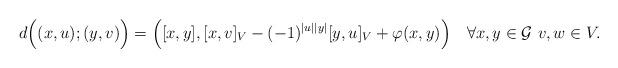
LaTeX: \begin{align*} d\Big((x,u);(y,v)\Big)=\Big([x,y],[x,v]_{V}-(-1)^{|u||y|}[y,u]_{V}+\varphi(x,y)\Big)\ \ \ \forall x,y \in \mathcal{G} \ v, w\in V. \end{align*}